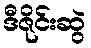
ဒီဇိုင်းဆွဲ